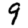
Digit: 9